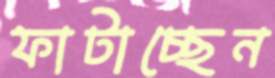
ফাটাচ্ছেন